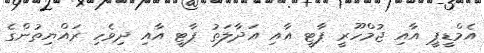
އެމްޑީޕީ އާއި ޖުމްހޫރީ ޕާޓީ އާއި އަދާލަތު ޕާޓީ އާއި ދިވެހި ރައްޔިތުންގެ